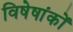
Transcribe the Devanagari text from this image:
विषेषांकों